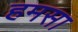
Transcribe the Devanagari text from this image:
हमसा